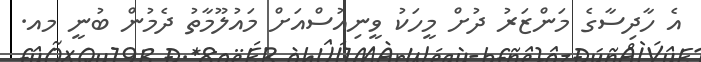
އެ ހާދިސާގެ މަންޒަރު ދުށް މީހަކު ވީނިއުސްއަށް މައުލޫމާތު ދެމުން ބުނީ މއ.